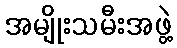
အမျိုးသမီးအဖွဲ့